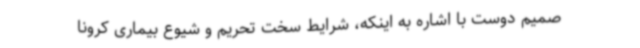
صمیم دوست با اشاره به اینکه، شرایط سخت تحریم و شیوع بیماری کرونا